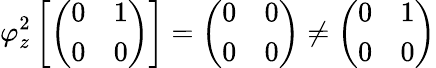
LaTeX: \varphi_{z}^{2}\left[{\left(\begin{array}{ll}{0}&{1}\\ {0}&{0}\end{array}\right)}\right]={\left(\begin{array}{ll}{0}&{0}\\ {0}&{0}\end{array}\right)}\neq{\left(\begin{array}{ll}{0}&{1}\\ {0}&{0}\end{array}\right)}